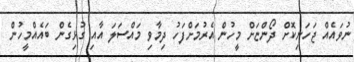
ނުވައެއް ޖަހަނިކޮށް ދޯންޏަށް މީހުން އެރުމަށްފަހު ދިމާވި މައްސަލަ އާއި ގުޅިގެން ބައެއްމީހުން